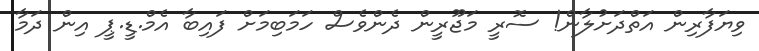
ވިޔަފާރިން އަތްދަށުލާން! ސޮރީ މަޖޫރީން ދެންވެސް ހަމަބިމަށް ފައިބާ އެމް.ޑީ.ޕީ އިން ދަމާ